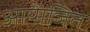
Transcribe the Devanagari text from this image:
आयेाजित